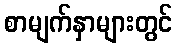
စာမျက်နှာများတွင်